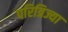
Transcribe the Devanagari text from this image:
परित्रिज्या